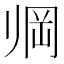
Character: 𱍱